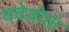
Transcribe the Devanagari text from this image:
यदेवोक्तं